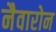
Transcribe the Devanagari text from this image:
नैवारोन